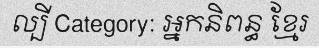
ល្បី Category: អ្នកនិពន្ធ ខ្មែរ